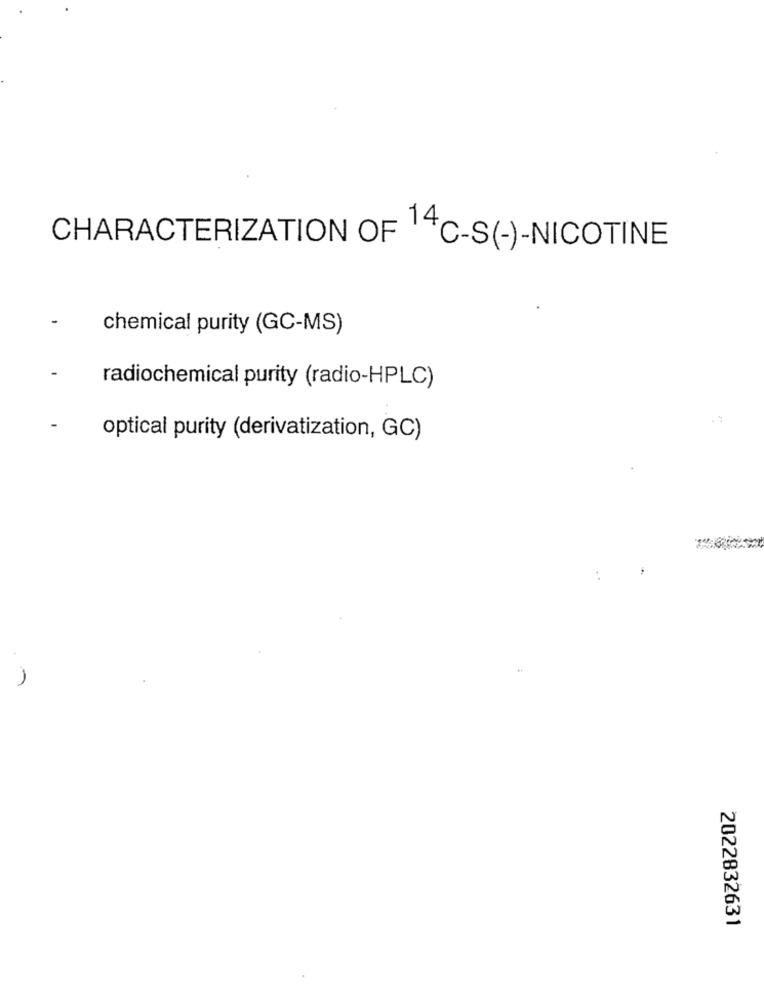
CHARACTERIZATION OF 14C-S(-)-NICOTINE
chemical purity (GC-MS)
radiochemical purity (radio-HPLC)
optical purity (derivatization, GC)
2022832631